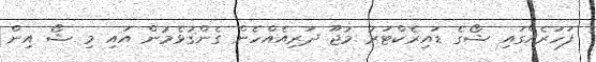
ފަހަރެއްގައި ޝޯގެ ޑައިރެކްޓަރު މުޖޫ ދަރިއެއްހެން ގެންގުޅެމުން އައި މި ޝޯ އިން